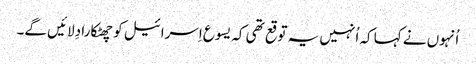
‏ اُنہوں نے کہا کہ اُنہیں یہ توقع تھی کہ یسوع اِسرائیل کو چھٹکارا دِلائیں گے۔